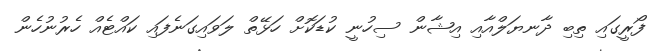
ފޯރީގައި ތިބި ދާނޔަލްއާއި އިޝާން ސިހުނީ ކުޑަކޮށް ހަޅޭތް ލަވައިގަނެފައި ކައްޓެއް ހެރުނުހެން